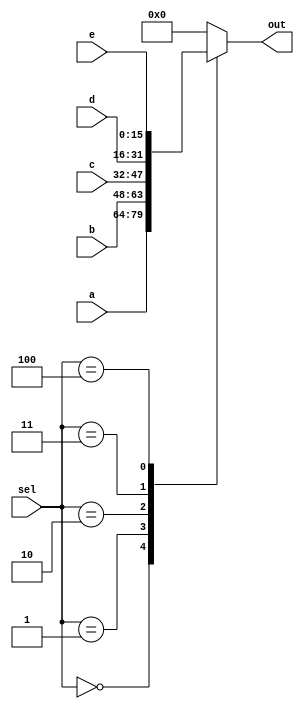
module mux_5_28 (
    input [15:0] a,
    input [15:0] b,
    input [15:0] c,
    input [15:0] d,
    input [15:0] e,
    input [2:0] sel,
    output reg [15:0] out
  );
  
  
  
  always @* begin
    out = 1'h0;
    
    case (sel)
      3'h0: begin
        out = a;
      end
      3'h1: begin
        out = b;
      end
      3'h2: begin
        out = c;
      end
      3'h3: begin
        out = d;
      end
      3'h4: begin
        out = e;
      end
      default: begin
        out = 16'h0000;
      end
    endcase
  end
endmodule